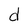
Character: d